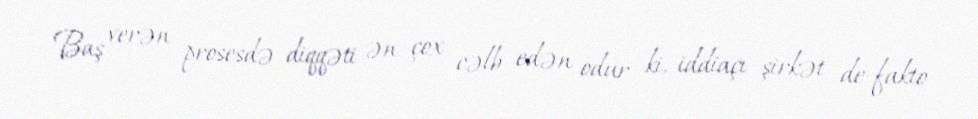
Baş verən prosesdə diqqəti ən çox cəlb edən odur ki, iddiaçı şirkət de-fakto